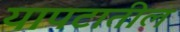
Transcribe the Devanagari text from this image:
यापटातील